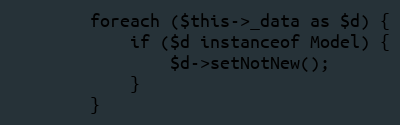
Language: PHP
		foreach ($this->_data as $d) {
			if ($d instanceof Model) {
				$d->setNotNew();
			}
		}